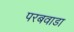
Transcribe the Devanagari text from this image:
परबवाडा